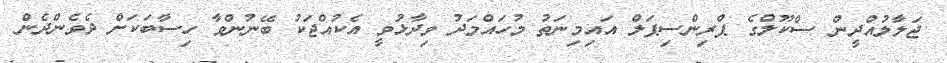
ޖަލާލުއްދީން ސްކޫލްގެ ޕްރިންސިޕަލް އައިމިނަތު މުހައްމަދު ވިދާޅުވީ އެކުއްޖަކު ބޭނުންވާ ހިސާބަކަށް ދެވެންދެން